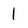
Character: 1